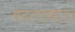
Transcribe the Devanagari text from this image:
बदलाबद्दल